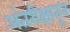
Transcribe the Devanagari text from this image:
अंतरीक्षातून